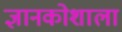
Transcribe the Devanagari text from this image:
ज्ञानकोशाला